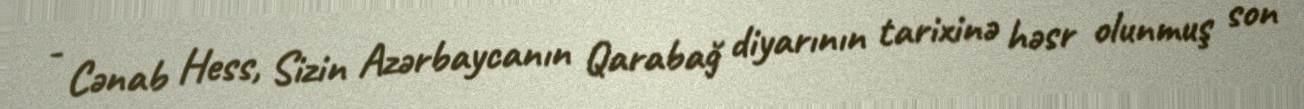
- Cənab Hess, Sizin Azərbaycanın Qarabağ diyarının tarixinə həsr olunmuş son